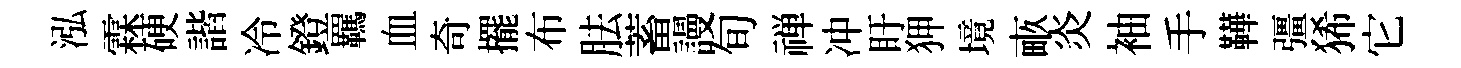
泓霖硬諧冷鐙羈血奇擺布胠蓄謾旬禅冲盱狎境畞炎袖手鞾彊狶它